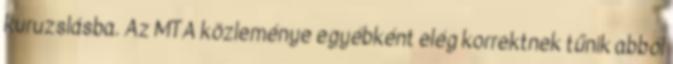
kuruzslásba. Az MTA közleménye egyébként elég korrektnek tűnik abból